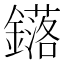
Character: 𨮎